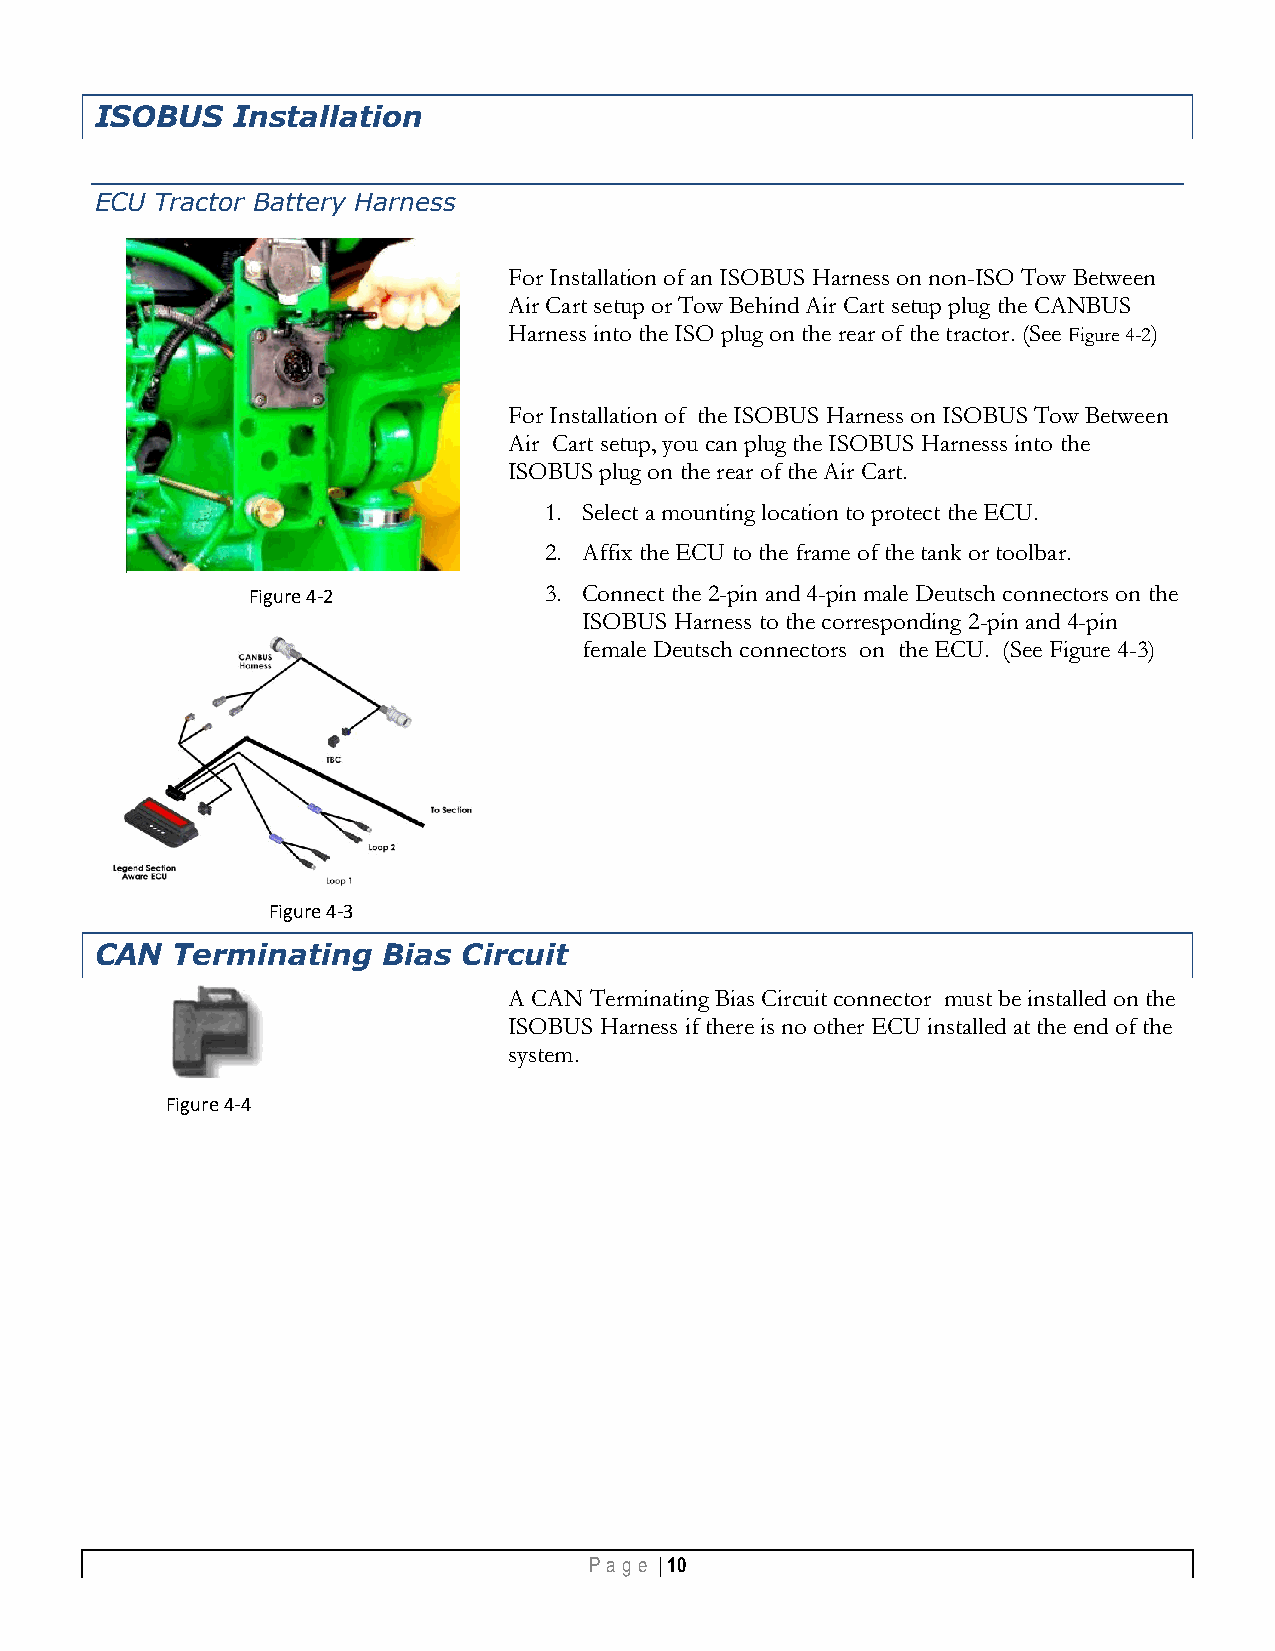
ISOBUS   Installation
 ECU Tractor Battery Harness
 For Installation of an ISOBUS Harness on non-ISO Tow Between
 Air Cart setup or Tow Behind Air Cart setup plug the CANBUS
 Harness into the ISO plug on the rear of the tractor. (See Figure 4-2)
 For Installation of the ISOBUS Harness on ISOBUS Tow Between
 Air Cart setup, you can plug the ISOBUS Harnesss into the
 ISOBUS plug on the rear of the Air Cart.
 1. Select a mounting location to protect the ECU.
 2. Affix the ECU to the frame of the tank or toolbar.
 Figure 4-2          3. Connect the 2-pin and 4-pin male Deutsch connectors on the
 ISOBUS Harness to the corresponding 2-pin and 4-pin
 female Deutsch connectors on the ECU. (See Figure 4-3)
 Figure 4-3
 CAN  Terminating   Bias  Circuit
 A CAN Terminating Bias Circuit connector must be installed on the
 ISOBUS Harness if there is no other ECU installed at the end of the
 system.
 Figure 4-4
 Pa g e | 10